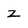
Character: Z